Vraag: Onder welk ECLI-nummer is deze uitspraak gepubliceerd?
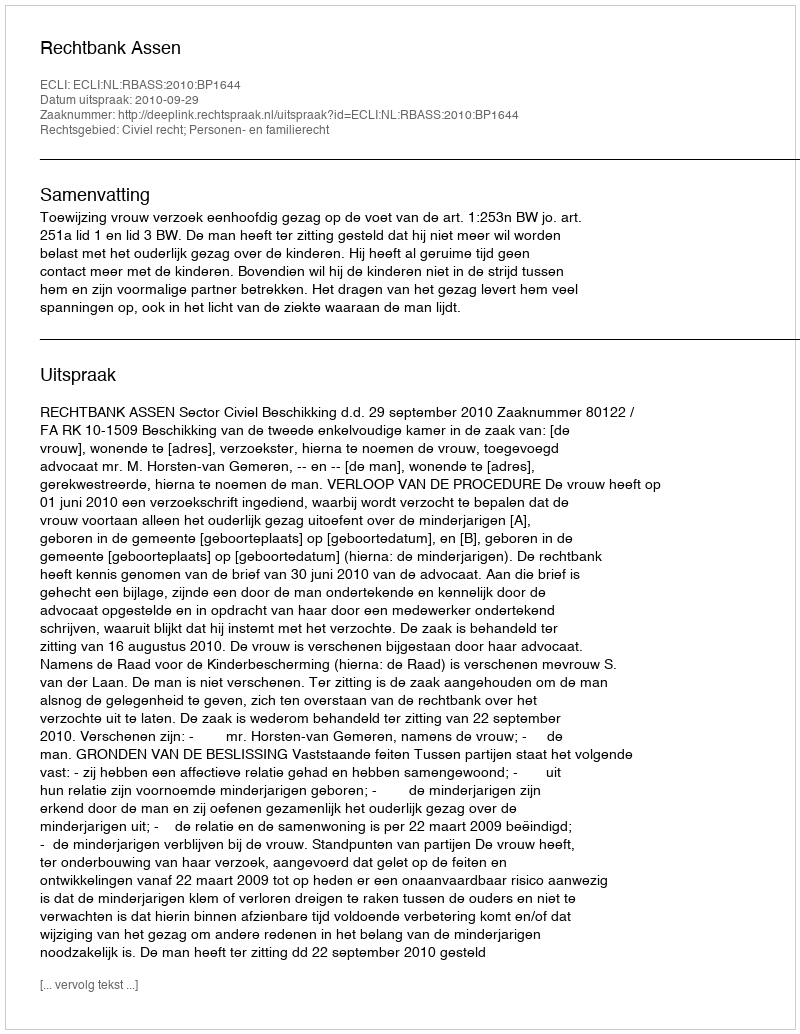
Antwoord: ECLI:NL:RBASS:2010:BP1644